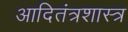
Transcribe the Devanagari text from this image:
आदितंत्रशास्त्र